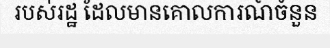
របស់រដ្ឋ ដែលមានគោលការណ៍ចំនួន